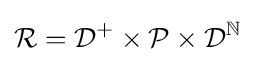
{\mathcal {R}}={\mathcal {D}}^{+}\times {\mathcal {P}}\times {\mathcal {D}}^{\mathbb {N} }